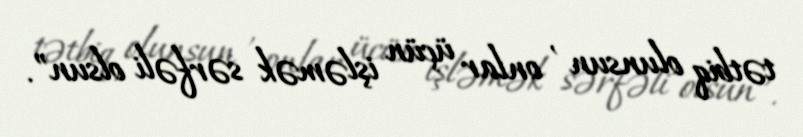
tətbiq olunsun , onlar üçün işləmək sərfəli olsun”.